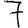
Digit: 7